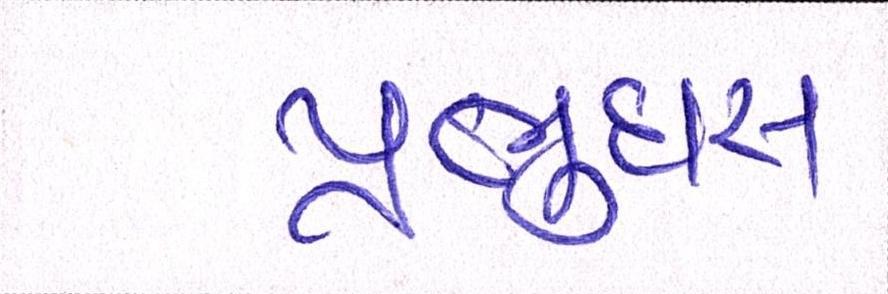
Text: પ્રભુદાસ